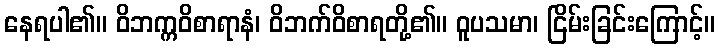
နေရပါ၏။ ဝိဘက္ကဝိစာရာနံ၊ ဝိဘက်ဝိစာရတို့၏။ ဝူပသမာ၊ ငြိမ်းခြင်းကြောင့်။